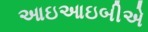
આઇઆઇબીએ